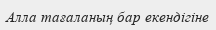
Алла тағаланың бар екендігіне